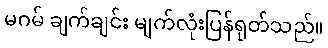
မဂမ် ချက်ချင်း မျက်လုံးပြန်ရုတ်သည်။